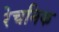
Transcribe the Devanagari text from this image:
रेचनिक